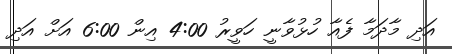
އަދި މާދަމާ ފެއާ ހުޅުވާނީ ހަވީރު 4:00 އިން 6:00 އަށް އަދި